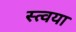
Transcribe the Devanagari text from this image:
स्त्वया